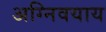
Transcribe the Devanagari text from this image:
अग्निवयाय